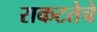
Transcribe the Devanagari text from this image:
राकटतेचे